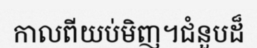
កាលពីយប់មិញ។ជំនួបដ៏